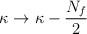
LaTeX: \begin{align*}\kappa\rightarrow \kappa - {N_{f}\over 2}\end{align*}